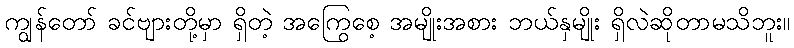
ကျွန်တော် ခင်ဗျားတို့မှာ ရှိတဲ့ အကြွေစေ့ အမျိုးအစား ဘယ်နှမျိုး ရှိလဲဆိုတာမသိဘူး။